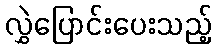
လွှဲပြောင်းပေးသည့်